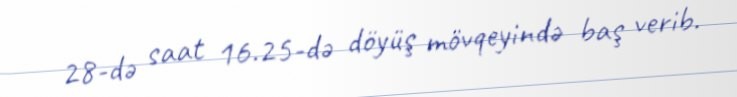
28-də saat 16.25-də döyüş mövqeyində baş verib.